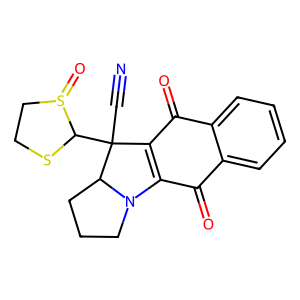
SMILES: N#CC1(C2SCCS2=O)C2=C(C(=O)c3ccccc3C2=O)N2CCCC21
Inhibits HIV replication: No